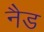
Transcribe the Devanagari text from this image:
नैड